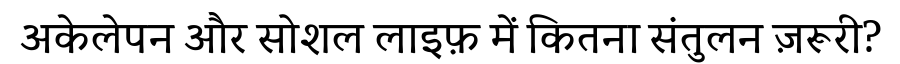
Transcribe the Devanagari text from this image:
अकेलेपन और सोशल लाइफ़ में कितना संतुलन ज़रूरी?